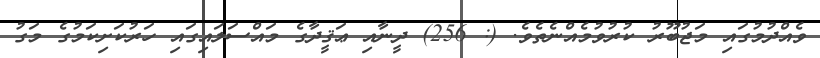
ވެއްދުމުގައި މަޖުބޫރު ކުރުވުމެއްނެތެވެ. (: 256) ދީނާއި ޢަޤީދާގެ މައްސަލައިގައި ހަރުކަށިކަމުގެ މަގު